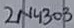
Text: 2N4303